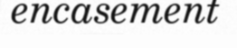
encasement